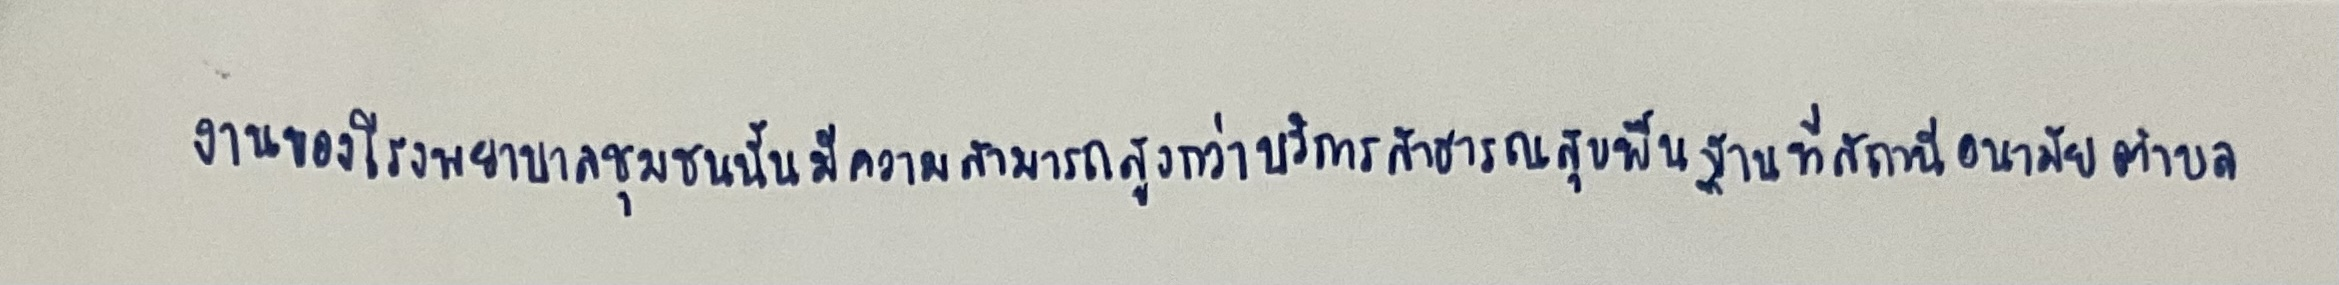
งานของโรงพยาบาลชุมชนนั้นมีความสามารถสูงกว่าบริการสาธารณสุขพื้นฐานที่สถานีอนามัยตำบล